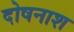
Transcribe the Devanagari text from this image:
दोषनाश